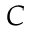
C